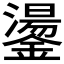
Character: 𮣋